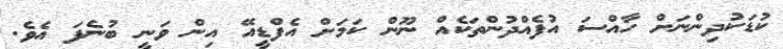
ކުޑަކުދިންނަށް ހާއްސަ އުފެއްދުންތަކެއް ނޫން ކަމަށް އެފްޑީއޭ އިން ވަނީ ބުނެފަ އެވެ.